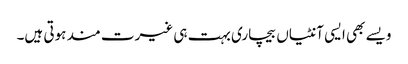
ویسے بھی ایسی آنٹیاں بیچاری بہت ہی غیرت مند ہوتی ہیں۔